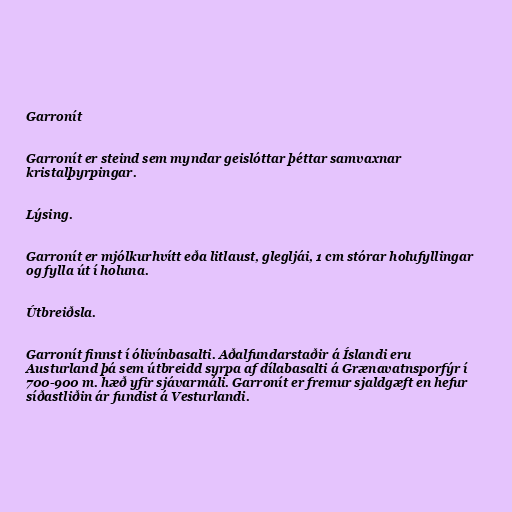
Garronít

Garronít er steind sem myndar geislóttar þéttar samvaxnar
kristalþyrpingar.

Lýsing.

Garronít er mjólkurhvítt eða litlaust, glegljái, 1 cm stórar holufyllingar
og fylla út í holuna.

Útbreiðsla.

Garronít finnst í ólivínbasalti. Aðalfundarstaðir á Íslandi eru
Austurland þá sem útbreidd syrpa af dílabasalti á Grænavatnsporfýr í
700-900 m. hæð yfir sjávarmáli. Garronít er fremur sjaldgæft en hefur
síðastliðin ár fundist á Vesturlandi.